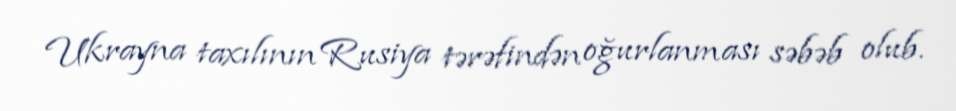
Ukrayna taxılının Rusiya tərəfindən oğurlanması səbəb olub.